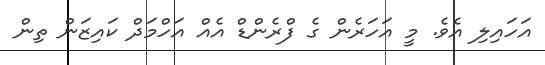
އަހައިލި އެވެ. މީ އަހަރެން ގެ ފްރެންޑް އެއް އަހްމަދް ކައިޒަން ތިން